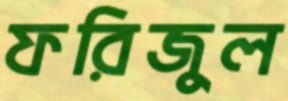
ফরিজুল